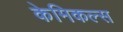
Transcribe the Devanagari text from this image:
केमिकल्‍स